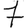
Digit: 7